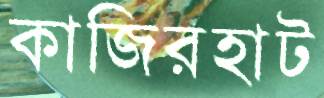
কাজিরহাট